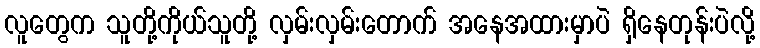
လူတွေက သူတို့ကိုယ်သူတို့ လှမ်းလှမ်းတောက် အနေအထားမှာပဲ ရှိနေတုန်းပဲလို့